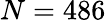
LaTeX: N=486